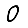
Digit: 0